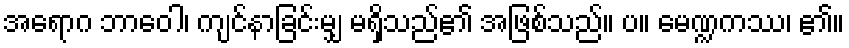
အရောဂ ဘာဝေါ၊ ကျင်နာခြင်းမျှ မရှိသည်၏ အဖြစ်သည်။ ပ။ မေဏ္ဍကဿ၊ ၏။